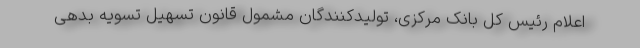
اعلام رئیس کل بانک مرکزی، تولیدکنندگان مشمول قانون تسهیل تسویه بدهی